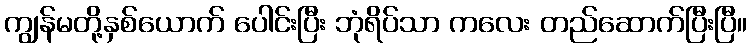
ကျွန်မတို့နှစ်ယောက် ပေါင်းပြီး ဘုံရိပ်သာ ကလေး တည်ဆောက်ပြီးပြီ။